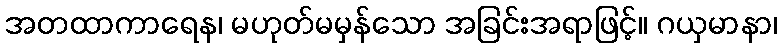
အတထာကာရေန၊ မဟုတ်မမှန်သော အခြင်းအရာဖြင့်။ ဂယှမာနာ၊